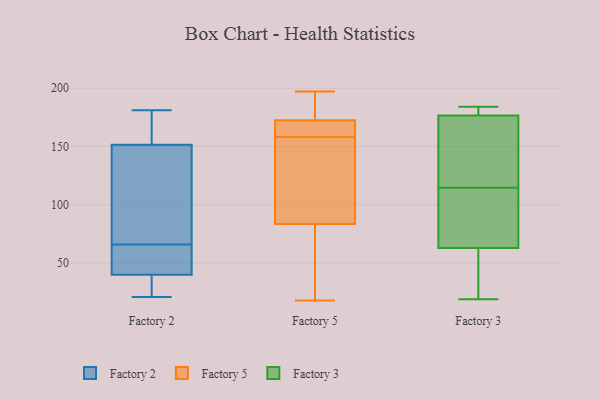
{"axis": {"x": "Satisfaction Score", "y": "Value"}, "legend": ["Factory 2", "Factory 3", "Factory 5"], "data": [{"x": "", "y": 181, "type": "Factory 2"}, {"x": "", "y": 74, "type": "Factory 2"}, {"x": "", "y": 39, "type": "Factory 2"}, {"x": "", "y": 172, "type": "Factory 2"}, {"x": "", "y": 22, "type": "Factory 2"}, {"x": "", "y": 148, "type": "Factory 2"}, {"x": "", "y": 58, "type": "Factory 2"}, {"x": "", "y": 155, "type": "Factory 2"}, {"x": "", "y": 21, "type": "Factory 2"}, {"x": "", "y": 42, "type": "Factory 2"}, {"x": "", "y": 41, "type": "Factory 2"}, {"x": "", "y": 143, "type": "Factory 2"}, {"x": "", "y": 158, "type": "Factory 5"}, {"x": "", "y": 23, "type": "Factory 5"}, {"x": "", "y": 165, "type": "Factory 5"}, {"x": "", "y": 171, "type": "Factory 5"}, {"x": "", "y": 163, "type": "Factory 5"}, {"x": "", "y": 197, "type": "Factory 5"}, {"x": "", "y": 18, "type": "Factory 5"}, {"x": "", "y": 79, "type": "Factory 5"}, {"x": "", "y": 182, "type": "Factory 5"}, {"x": "", "y": 85, "type": "Factory 5"}, {"x": "", "y": 177, "type": "Factory 5"}, {"x": "", "y": 161, "type": "Factory 5"}, {"x": "", "y": 90, "type": "Factory 5"}, {"x": "", "y": 30, "type": "Factory 5"}, {"x": "", "y": 120, "type": "Factory 5"}, {"x": "", "y": 128, "type": "Factory 5"}, {"x": "", "y": 185, "type": "Factory 5"}, {"x": "", "y": 19, "type": "Factory 3"}, {"x": "", "y": 74, "type": "Factory 3"}, {"x": "", "y": 116, "type": "Factory 3"}, {"x": "", "y": 177, "type": "Factory 3"}, {"x": "", "y": 99, "type": "Factory 3"}, {"x": "", "y": 20, "type": "Factory 3"}, {"x": "", "y": 113, "type": "Factory 3"}, {"x": "", "y": 127, "type": "Factory 3"}, {"x": "", "y": 184, "type": "Factory 3"}, {"x": "", "y": 183, "type": "Factory 3"}, {"x": "", "y": 176, "type": "Factory 3"}, {"x": "", "y": 52, "type": "Factory 3"}]}